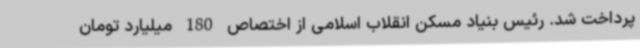
پرداخت شد. رئیس بنیاد مسکن انقلاب اسلامی از اختصاص 180 میلیارد تومان